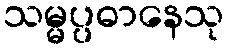
သမ္မပ္ပဓာနေသု